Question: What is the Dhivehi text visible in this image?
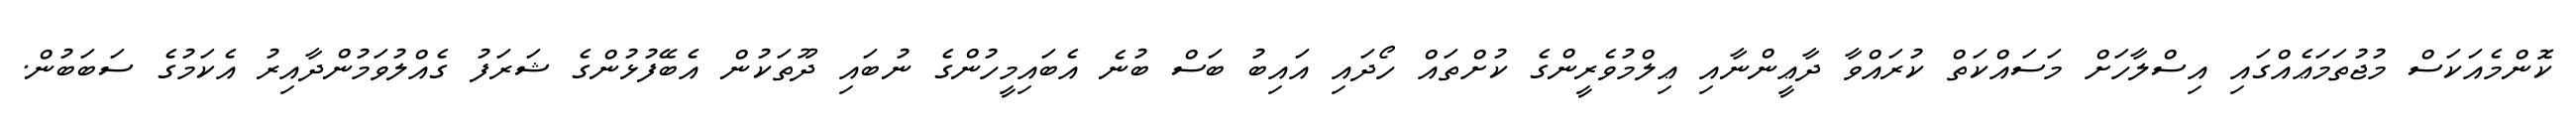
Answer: ކޮންމެއަކަސް މުޖުތަމަޢެއްގައި އިސްލާހަށް މަސައްކަތް ކުރައްވާ ދާޢީންނާއި ޢިލްމުވެރީންގެ ކުށްތައް ހޯދައި އައިބު ބަސް ބުނެ އެބައިމީހުންގެ ނުބައި ދޫތަކުން އެބޭފުޅުންގެ ޝަރަފު ގެއްލުވަމުންދާއިރު އެކަމުގެ ސަބަބުން.